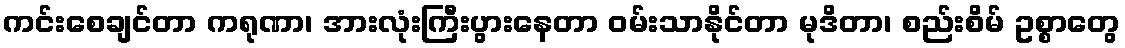
ကင်းစေချင်တာ ကရုဏာ၊ အားလုံးကြီးပွားနေတာ ဝမ်းသာနိုင်တာ မုဒိတာ၊ စည်းစိမ် ဥစ္စာတွေ